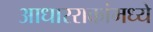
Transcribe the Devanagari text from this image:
आधारराकांमध्ये